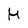
Character: H